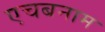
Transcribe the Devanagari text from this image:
एचबनाम